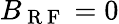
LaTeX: B_{\mathrm{~R~F~}}=0